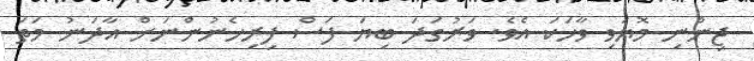
ޖިންނި މޮޔަވި ވާހަކަ އެވެ. ވަރުގަދަ ބިޔަ ފަސް ފިރިހެނުންނަށް އާދަނު މަތަ